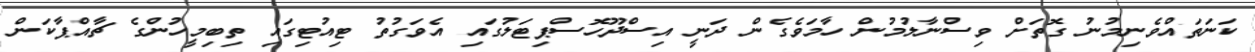
ކަނަތައްވެނިމުނު ގޮތަށް ވިސްނާލުމުން ހާމަވެގެން ދަނީ އިސްދޫހޮސްޕިޓަލުގައި އެވަގުތު ޓިއުޓިގައި ތިބިމީހުންގެ ޗާއްޕާކަން